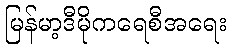
မြန်မာ့ဒီမိုကရေစီအရေး